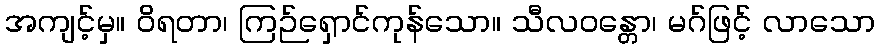
အကျင့်မှ။ ဝိရတာ၊ ကြဉ်ရှောင်ကုန်သော။ သီလဝန္တော၊ မဂ်ဖြင့် လာသော